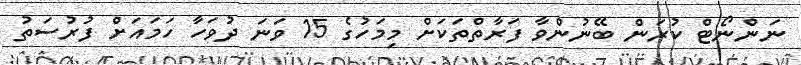
ނަންނޯޓް ކުރަން ބޭނުންވާ ފަރާތްތަކަށް މިމަހުގެ 15 ވަނަ ދުވަހާ ހަމައަށް ފުރުސަތު